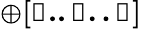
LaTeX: \mathbb{\oplus[0..j..r]}